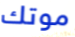
موتك